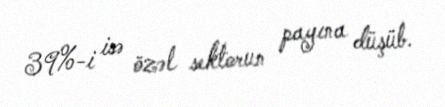
39%-i isə özəl sektorun payına düşüb.